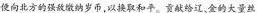
便向北方的强敌缴纳岁币，以换取和平。贡献给辽、金的大量丝